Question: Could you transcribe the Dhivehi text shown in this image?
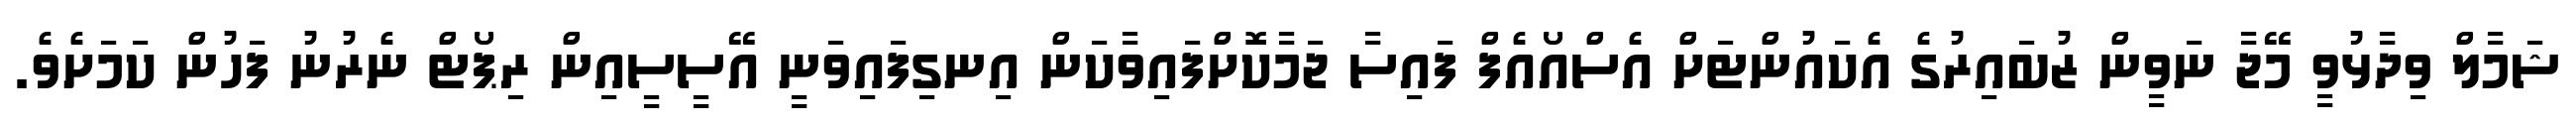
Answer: ޝަމާލް ވިދާޅުވީ މޭޖާ ނަވީން ޒުބައިރުގެ އެކައުންޓަށް އެސްއޯއެފް ފައިސާ ޖަމާކޮށްފައިވާކަން އިނގިފައިވަނީ އޭސީސީއިން ރިޕޯޓް ނެރުނު ފަހުން ކަމަށެވެ.